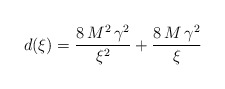
\begin{align*}d(\xi ) ={\frac{8\,{M^2}\,{{\gamma }^2}}{{{\xi }^2}}} + {\frac{8\,M\,{{\gamma }^2}}{\xi }}\end{align*}